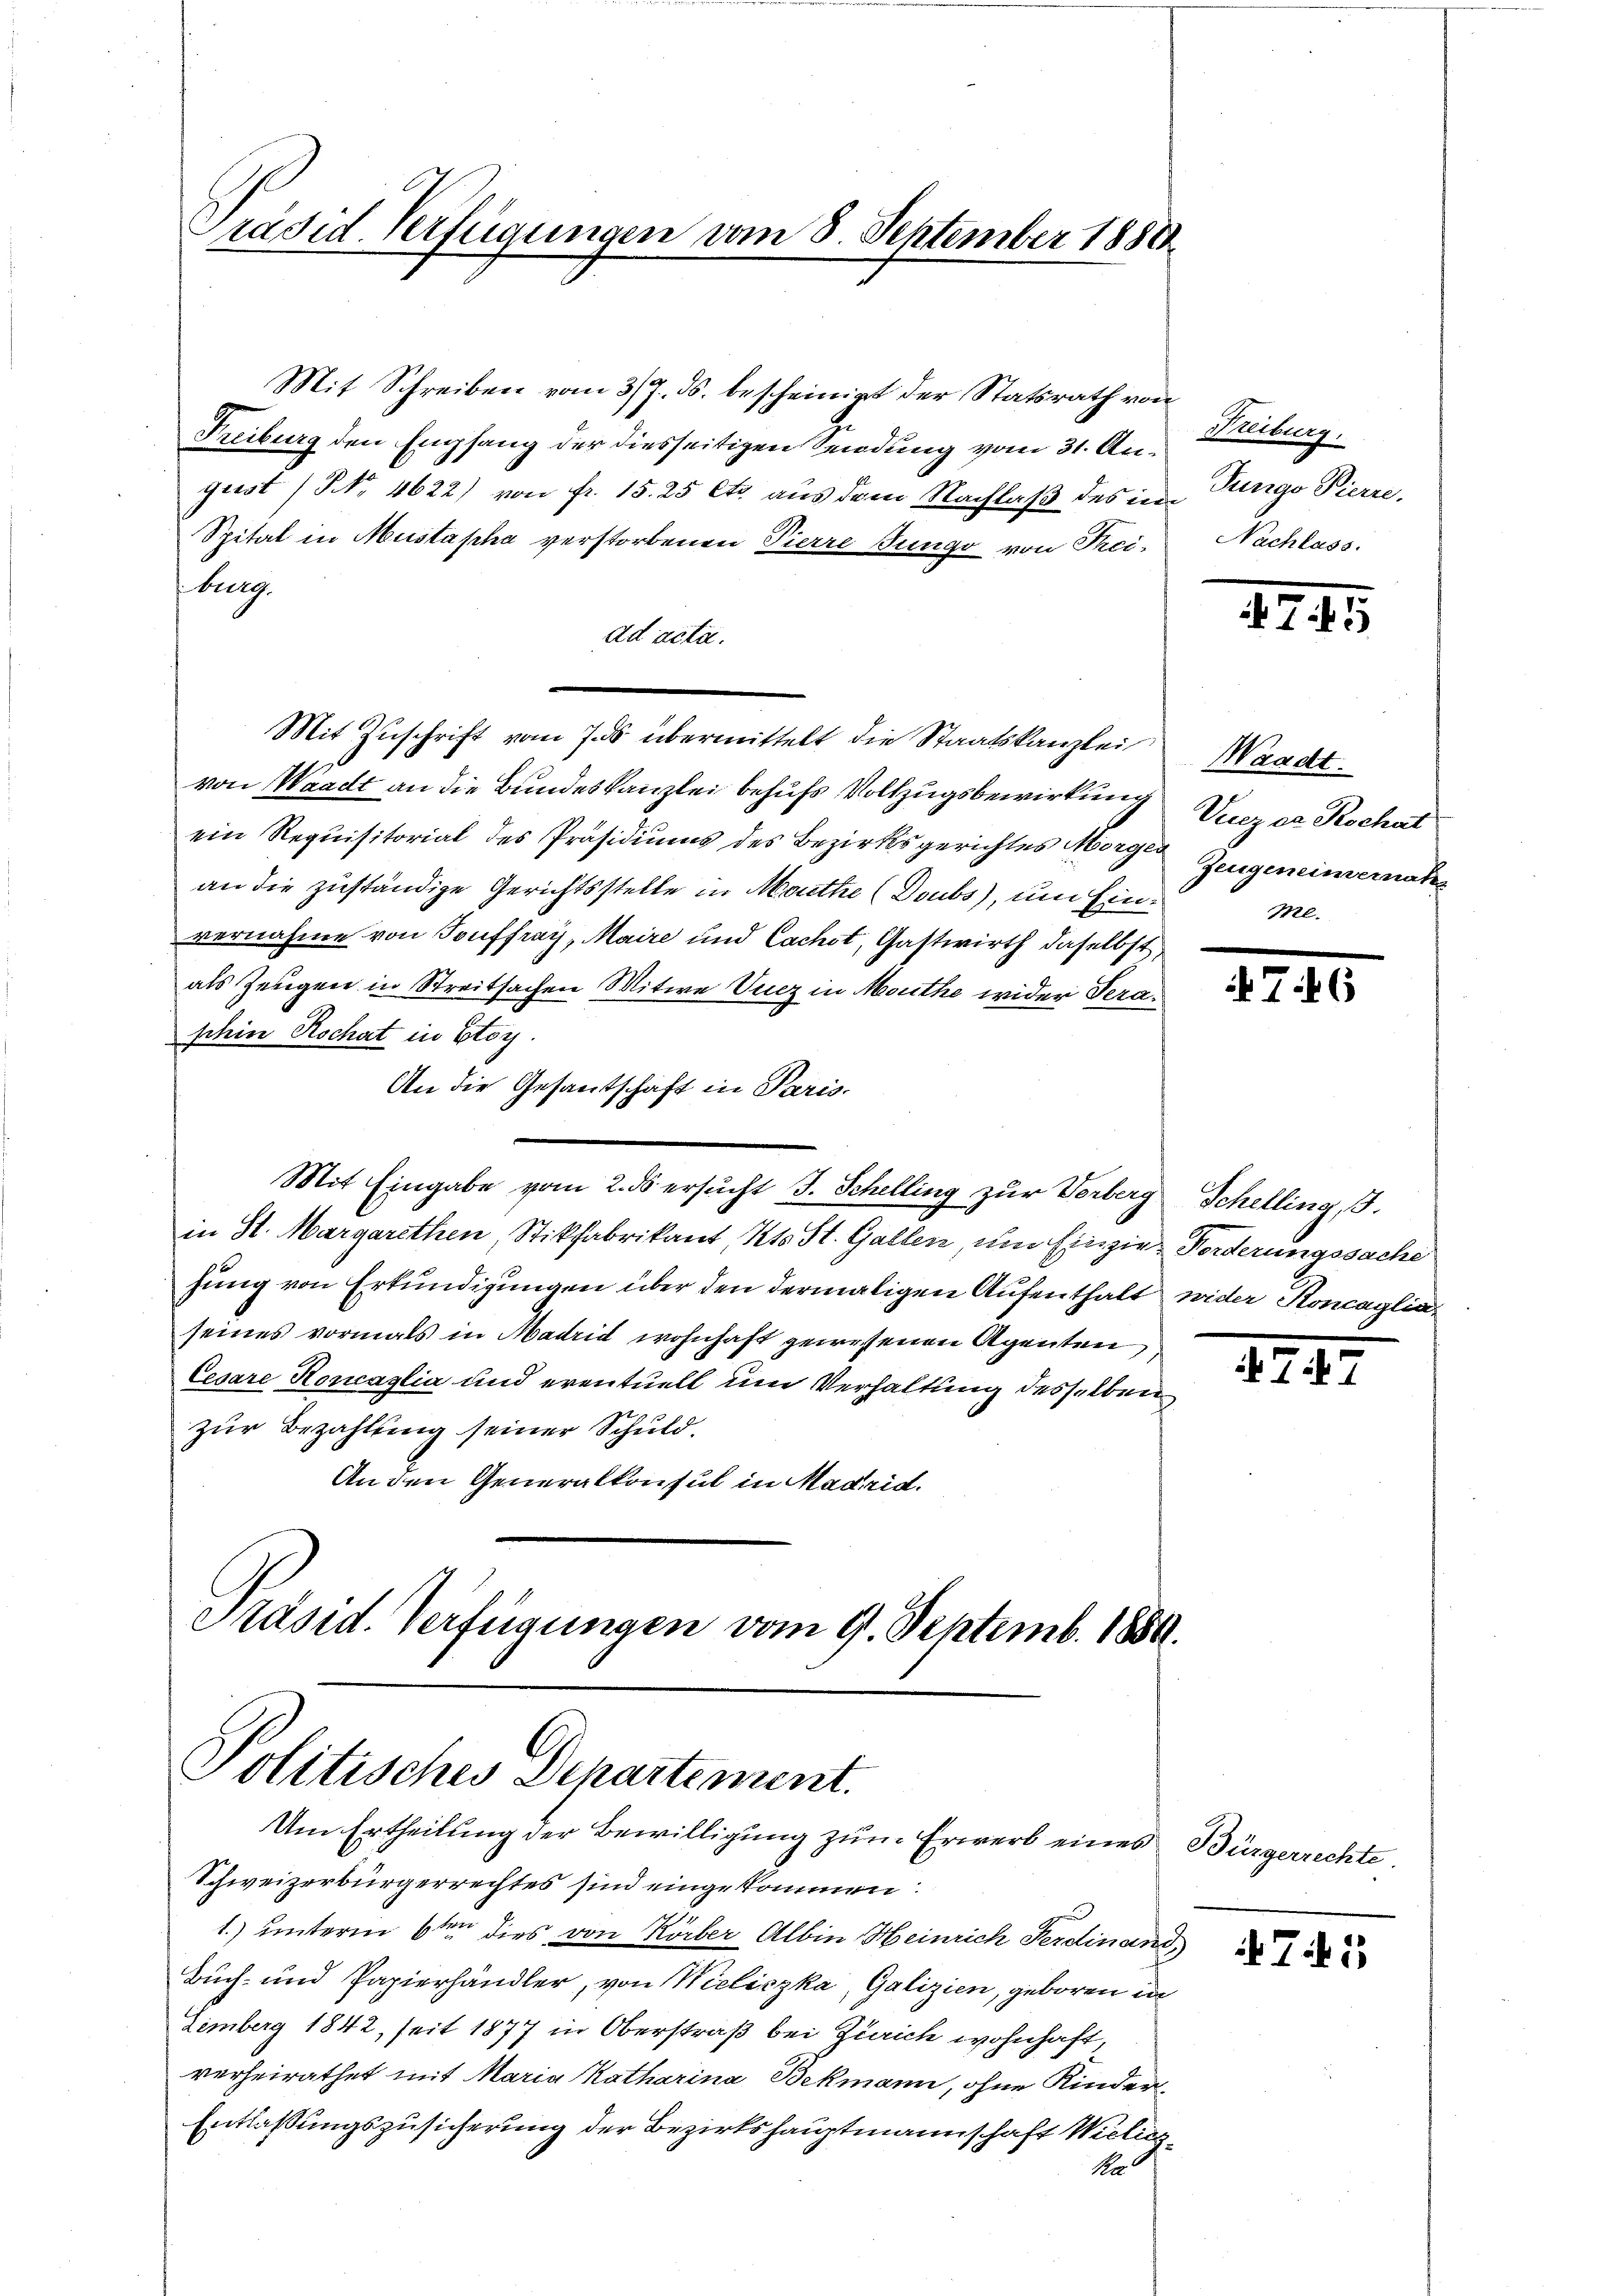
Präsid. Verfügungen vom 8. September 1888

Mit Schreiben vom 3/7. ds. bescheinigt der Statsrath von
Freiburg den Empfang der diesseitigen Sendung vom 31. Augeist (NNo. 4622) von Fr. 15. 25 Cts. aus dem Nachlaß des im
Spital in Mustapha verstorbenen Pierre Junge von Frei-
burg.
ad acta.
Mit Zuschrift vom 7. ds. übermittelt die Staatskanzlei
von Waadt an die Bundeskanzlei behufs Vollzugsbewirkung
ein Requisitorial des Präsidiums des Bezirksgerichtes Morge Zeugeneinvernah
an die zuständige Gerichtsstelle in Monthe (Doubs), um Einvernahme von Touffray, Maire und Cachst, Gastwirth daselbst,
als Zeugen in Streitsachen Mitwe Vucz in Mouthe wider Teraschin Rochat in Etoy.
An die Gesandschaft in Paris.
Mit Eingabe vom 2. ds ersucht J. Schelling zur Vorberg Schelling, J.
in St. Margarethen, Stikfabrikant Kts. St. Gallen, um Einzier Forderungssache
hung von Erkundigungen über den dermaligen Aufenthalt
seines vormals in Madrid wohnhaft gewesenen Agenten,
Cesare Koncaglia und eventuell um Verhaltung desselben
zur Bezahlung seiner Schuld.
An den Generalkonsul in Madrid.
Präsid. Verfügungen vom 9. Septemb. 1850.

Politisches Departement.
Um Ertheilung der Bewilligung zum Erwerb eines Bürgerrechte

Schweizerbürgerrechtes sind eingekommen:
1.) unterm 6ten dies von Körber Albin Heinrich Ferdinanz
Buch- und Papierhändler, von Wieliczka, Galizien, geboren in
Zemberg 1842, seit 1877 in Oberstraß bei Zürich wohnhaft,
verheirathet mit Maria Katharina Bekmann, ohne Kinder-
Entlaßungszusicherung der Bezirkshauptmannschaft Miliz¬
Ne

Freiburg.
Jungo Pierre.
Nachlass.

1245

Waadt.
Vizer Rochat
Ml.

746

wider Koncaglia,

274

Ti